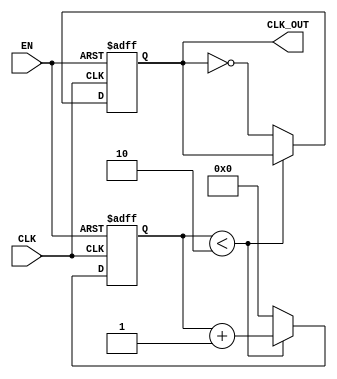
module DelayClockBuffer #(
    parameter DELAY_CYCLES = 2 // Default delay cycles (adjustable)
)(
    input wire CLK,              // Input clock signal
    input wire EN,               // Enable signal
    output reg CLK_OUT           // Delayed output clock signal
);

    // Internal signal to hold delay count
    reg [31:0] delay_counter; // You may need to adjust the width based on your delay range
    
    // Clock tick counter
    always @(posedge CLK or negedge EN) begin
        if (!EN) begin
            // If ENABLE is low, hold CLK_OUT low or keep it stable
            CLK_OUT <= 1'b0;
            delay_counter <= 0;
        end else begin
            // When enabled, increment the delay counter on CLK edges
            if (delay_counter < DELAY_CYCLES) begin
                delay_counter <= delay_counter + 1;
            end else begin
                // After delay cycles, output the clock
                CLK_OUT <= ~CLK_OUT; // Toggling the output clock
                delay_counter <= 0;   // Reset counter after output
            end
        end
    end

endmodule